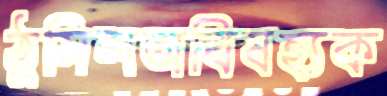
ঠুসিলঅবিষহ্যক